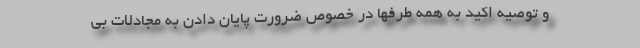
و توصیه اکید به همه طرفها در خصوص ضرورت پایان دادن به مجادلات بی